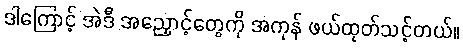
ဒါကြောင့် အဲဒီ အညှောင့်တွေကို အကုန် ဖယ်ထုတ်သင့်တယ်။